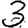
Digit: 3